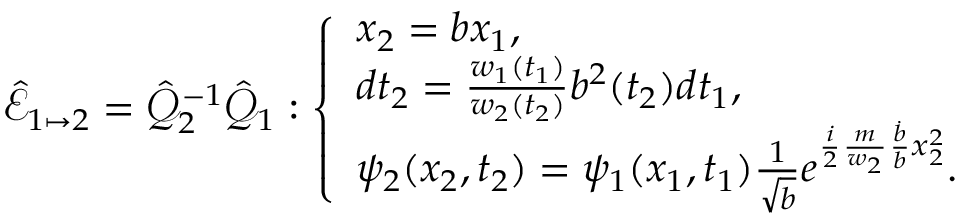
\hat { \mathcal { E } } _ { 1 \mapsto 2 } = \hat { \mathcal { Q } } _ { 2 } ^ { - 1 } \hat { \mathcal { Q } } _ { 1 } : \left\{ \begin{array} { l l } { x _ { 2 } = b x _ { 1 } , } \\ { d t _ { 2 } = \frac { w _ { 1 } ( t _ { 1 } ) } { w _ { 2 } ( t _ { 2 } ) } b ^ { 2 } ( t _ { 2 } ) d t _ { 1 } , } \\ { \psi _ { 2 } ( x _ { 2 } , t _ { 2 } ) = \psi _ { 1 } ( x _ { 1 } , t _ { 1 } ) \frac { 1 } { \sqrt { b } } e ^ { \frac { i } { 2 } \frac { m } { w _ { 2 } } \frac { \dot { b } } { b } x _ { 2 } ^ { 2 } } . } \end{array} \right.